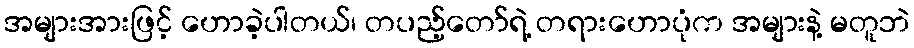
အများအားဖြင့် ဟောခဲ့ပါတယ်၊ တပည့်တော်ရဲ့ တရားဟောပုံက အများနဲ့ မတူဘဲ